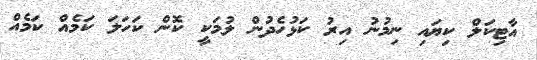
އާޓިކަލް ކިޔައި ނިމުނު އިރު ކަޅުހެދުން ލުމަކީ ކޮން ކަހަލަ ކަމެއް ކަމެއް